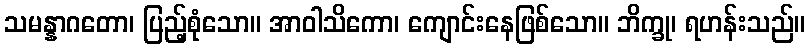
သမန္နာဂတော၊ ပြည့်စုံသော။ အာဝါသိကော၊ ကျောင်းနေဖြစ်သော။ ဘိက္ခု၊ ရဟန်းသည်။